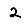
Digit: 2